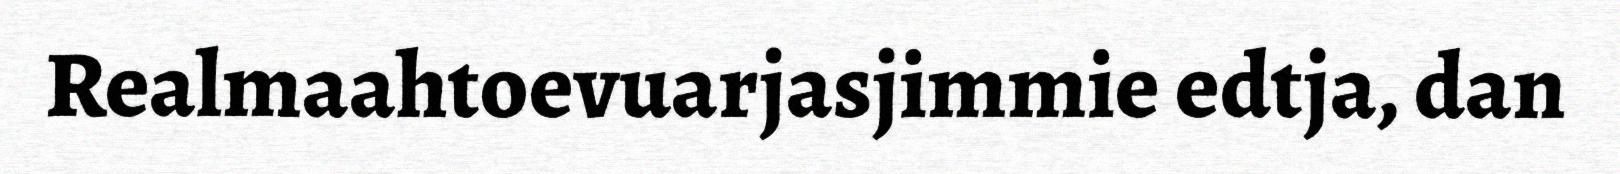
Realmaahtoevuarjasjimmie edtja, dan